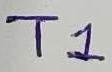
Text: T1